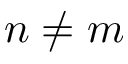
n \not = m